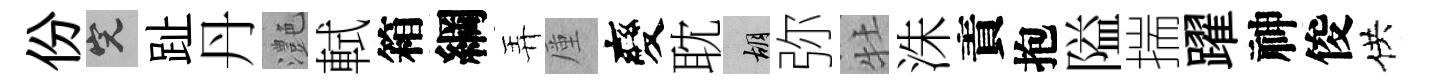
份完趾丹灔軾箱綱弄厪變耽胡弥牡洙責抱隘揣躍神俊供